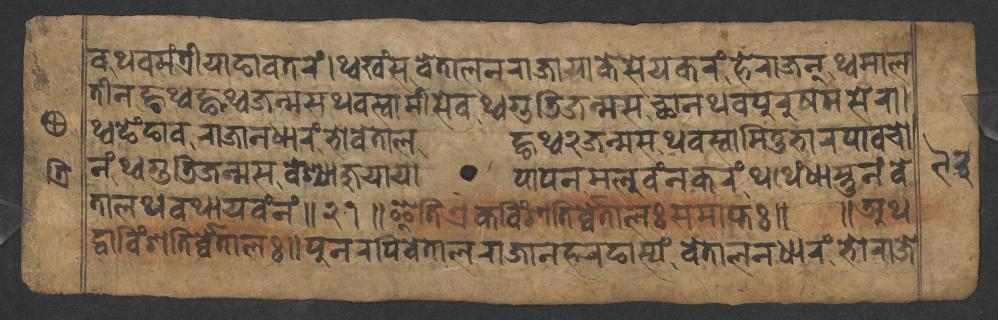
𑐰𑐠𑐰𑐩𑑄𑐟𑑂𑐬𑐷𑐫𑐵𑐒𑐵𑐰𑐟𑐬𑑄𑑋𑐠𑑂𑐰𑐏𑑄𑐳𑐰𑐾𑐟𑐵𑐮𑐣𑐬𑐵𑐖𑐵𑐫𑐵𑐎𑐾𑐳𑐾𑐫𑐎𑐬𑑄𑐴𑐾𑐬𑐵𑐖𑐣𑑂𑐠𑑂𑐰𑐩𑐵𑐮 𑐟𑐷𑐣𑐒𑑂𑐴𑐠𑑂𑐰𑐒𑑂𑐴𑐠𑑂𑐰𑐖𑐣𑑂𑐩𑐳𑐠𑐰𑐳𑑂𑐰𑐵𑐩𑐷𑐳𑐾𑐰𑐠𑑂𑐰𑐐𑐸𑐜𑐶𑐖𑐣𑑂𑐩𑐳𑐕𑐵𑐣𑐠𑐰𑐥𑐸𑐬𑐸𑐲𑐩𑐳𑐾𑐬𑐵𑑋 𑐠𑑂𑐰𑐒𑐾𑑄𑐒𑐵𑐰𑐬𑐵𑐖𑐵𑐣𑐢𑐵𑐬𑑄𑐨𑑀𑐰𑐾𑐟𑐵𑐮𑐒𑑂𑐴𑐠𑑂𑐰𑑒𑐖𑐣𑑂𑐩𑐳𑐠𑐰𑐳𑑂𑐰𑐵𑐩𑐶𑐟𑐸𑐨𑐵𑐬𑐥𑐵𑐰𑐔𑑀 𑐣𑑄𑐠𑑂𑐰𑐐𑐸𑐜𑐶𑐖𑐣𑑂𑐩𑐳𑐰𑐾𑐱𑑂𑐫𑐵𑐖𑐸𑐫𑐵𑐫𑐵𑐥𑐵𑐥𑐣𑐩𑐮𑐸𑐰𑑄𑐣𑐎𑐬𑑄𑐠𑐠𑐾𑑄𑐢𑐵𑐳𑑂𑐟𑐸𑐣𑑄𑐰𑐾 𑐟𑐵𑐮𑐠𑐰𑐠𑐵𑐫𑐰𑑄𑐣𑑄𑑌𑑒𑑑𑑌𑐂𑐟𑐶𑐊𑐎𑐰𑐶𑑄𑐱𑐟𑐶𑐬𑑂𑐰𑑂𑐰𑐾𑐟𑐵𑐮𑑅𑐳𑐩𑐵𑐥𑑂𑐟𑑅𑑌 𑑌𑐀𑐠 𑐡𑑂𑐰𑐵𑐰𑐶𑑄𑐱𑐟𑐶𑐬𑑂𑐰𑑂𑐰𑐾𑐟𑐵𑐮𑑅𑑌𑐥𑐸𑐣𑐬𑐥𑐶𑐰𑐾𑐟𑐵𑐮𑐬𑐵𑐖𑐵𑐣𑐴𑐬𑐒𑐵𑐳𑑂𑐫𑑄𑐰𑐾𑐟𑐵𑐮𑐣𑐢𑐵𑐬𑑄𑐨𑑀𑐬𑐵𑐖𑐾